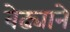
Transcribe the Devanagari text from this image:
वेढ्याने